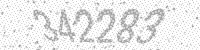
Solution: 342283